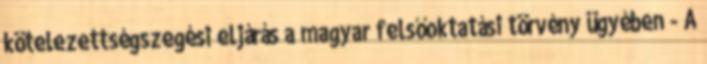
kötelezettségszegési eljárás a magyar felsőoktatási törvény ügyében - A